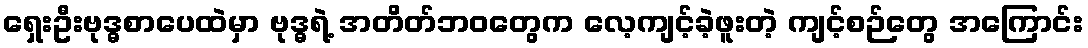
ရှေးဦးဗုဒ္ဓစာပေထဲမှာ ဗုဒ္ဓရဲ့ အတိတ်ဘဝတွေက လေ့ကျင့်ခဲ့ဖူးတဲ့ ကျင့်စဉ်တွေ အကြောင်း